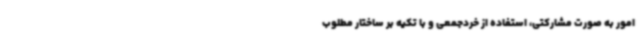
امور به صورت مشارکتی، استفاده از خردجمعی و با تکیه بر ساختار مطلوب